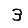
Digit: 3